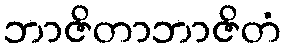
ဘာဇိတာဘာဇိတံ